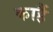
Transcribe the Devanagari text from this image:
काहैं